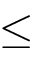
\le